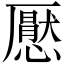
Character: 懕